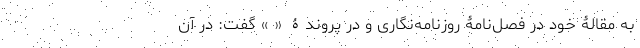
به مقالۀ خود در فصل‌نامۀ روزنامه‌نگاری و در پروندۀ « » گفت: در آن